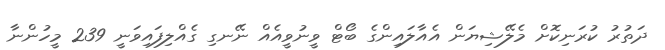
ދަތުރު ކުރަނިކޮށް މެލޭޝިޔަން އެއާލައިންގެ ބޯޓް ވީނުވީއެއް ނޭނގި ގެއްލިފައިވަނީ 239 މީހުންނާ